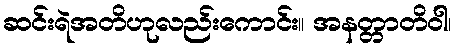
ဆင်းရဲအတိဟုလည်းကောင်း။ အနတ္တာတိဝါ၊